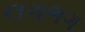
લગભગ